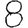
Digit: 8